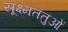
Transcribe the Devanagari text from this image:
सूक्ष्मतंतुओं